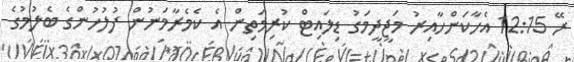
ރޭ 12:15 އެހާކަންހާއިރު މަޖީދީމަގު ޑިލައިޓް ކުރިމަތިން އެ ކެމެރާމަނުން ފުލުހުންގެ ބެލުމުގެ